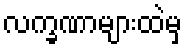
လက္ခဏာများထဲမှ